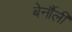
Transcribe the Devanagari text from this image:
बेर्नौली